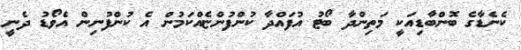
ކެނެޑާގެ ބޮންބާޑިއަކީ މަތިންދާ ބޯޓު އުފައްދާ ކުންފުންޏެއްކަމުން އެ ކުންފުނިން އެވޯޑު ދެނީ